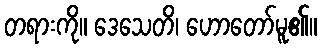
တရားကို။ ဒေသေတိ၊ ဟောတော်မူ၏။